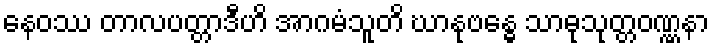
နေဝဿ တာလပတ္တာဒီဟိ အာဂမံသူတိ ဃာနုဗန္ဓေ သာဓုသုတ္တဝဏ္ဏနာ